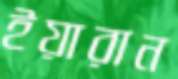
ইয়ারান